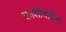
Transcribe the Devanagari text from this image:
काशीबाईला